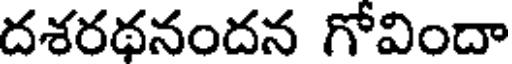
దశరథనందన గోవిందా